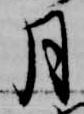
月